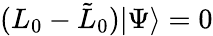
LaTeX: (L_{0}-{\tilde{L}}_{0})|\Psi\rangle=0